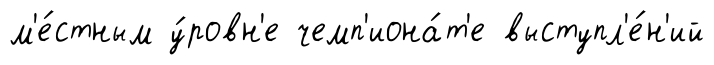
м'е́стным у́ровн'е чемп'иона́т'е выступл'е́н'ий